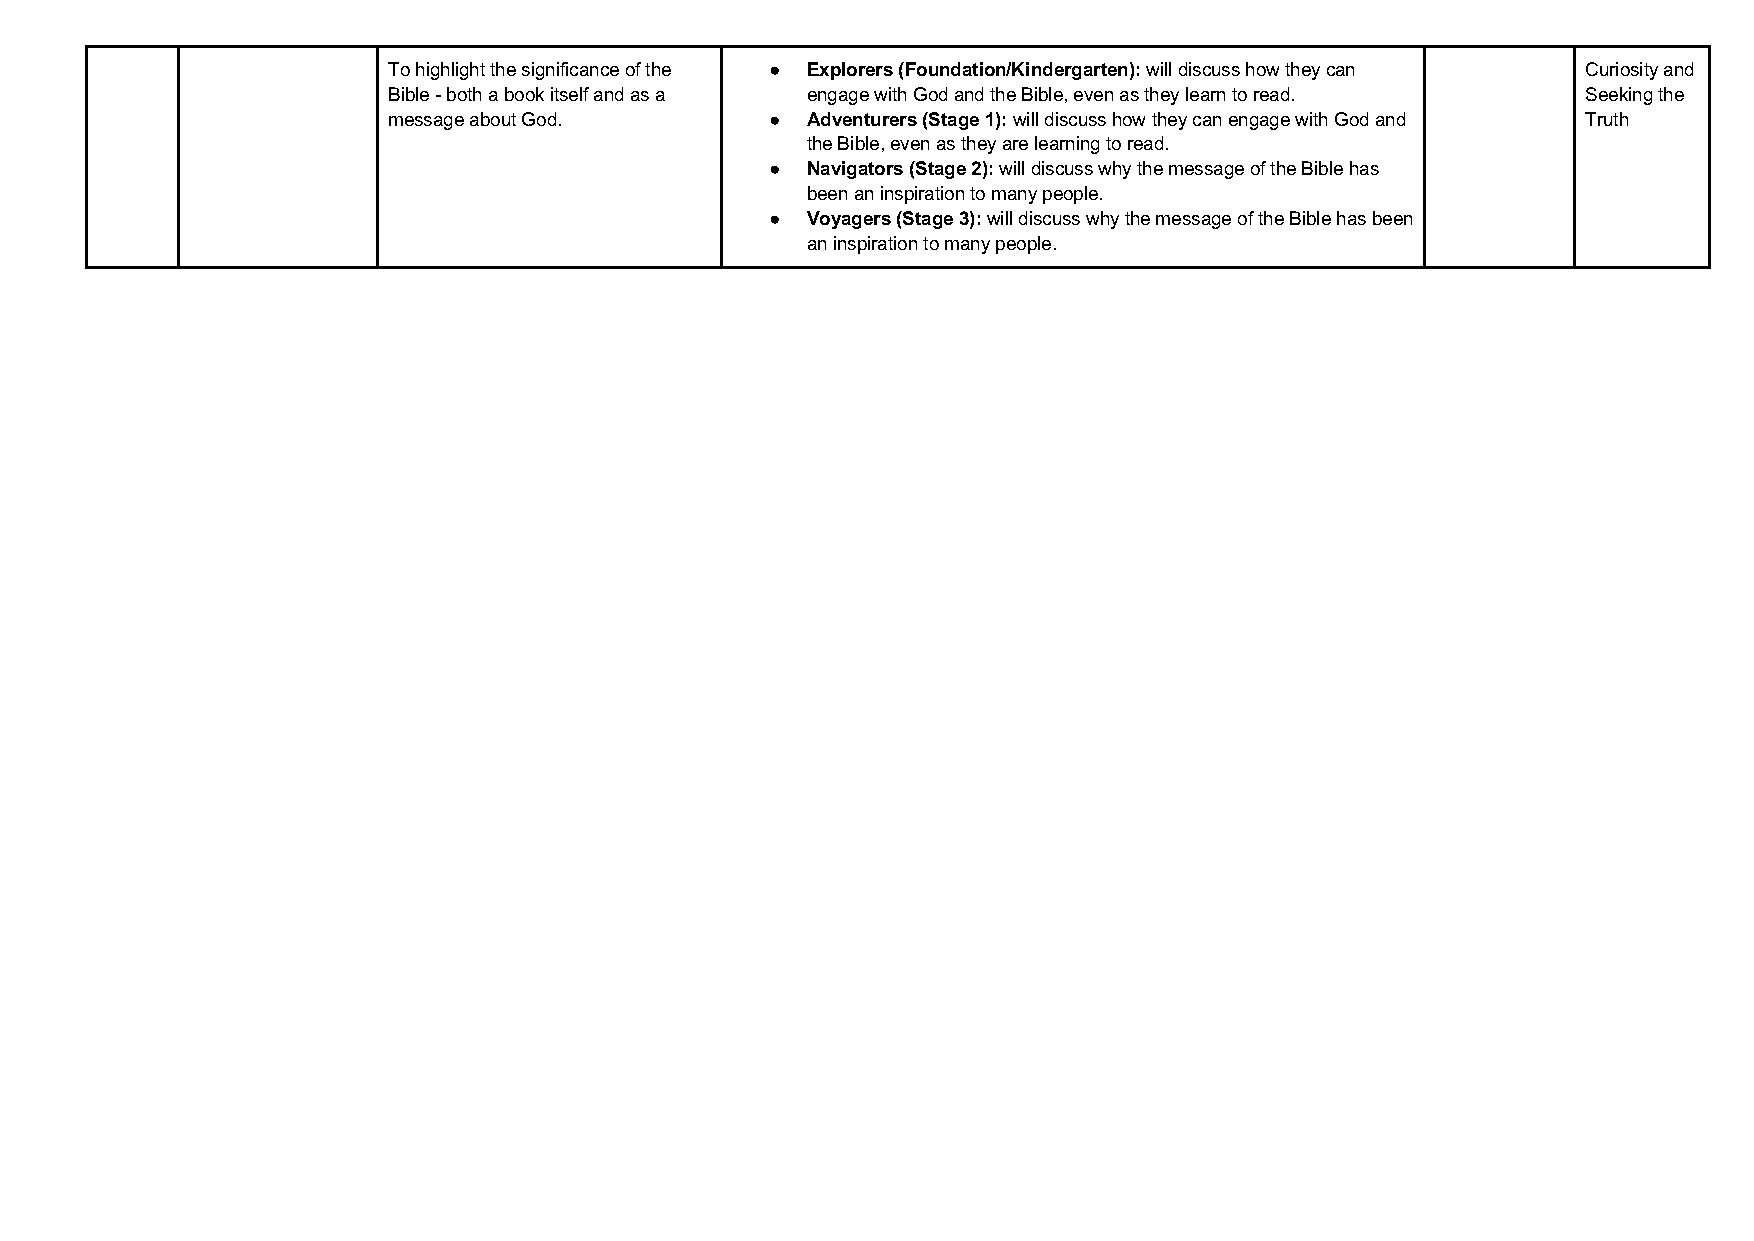
To highlight the significance of the ● Explorers (Foundation/Kindergarten): will discuss how they can Curiosity and
 Bible - both a book itself and as a engage with God and the Bible, even as they learn to read. Seeking the
 message about God.       ● Adventurers (Stage 1): will discuss how they can engage with God and Truth
 the Bible, even as they are learning to read.
 ● Navigators (Stage 2): will discuss why the message of the Bible has
 been an inspiration to many people.
 ● Voyagers (Stage 3): will discuss why the message of the Bible has been
 an inspiration to many people.